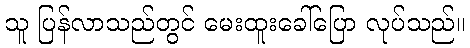
သူ ပြန်လာသည်တွင် မေးထူးခေါ်ပြော လုပ်သည်။